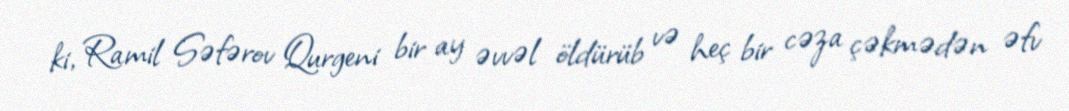
ki, Ramil Səfərov Qurgeni bir ay əvvəl öldürüb və heç bir cəza çəkmədən əfv